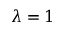
\lambda = 1